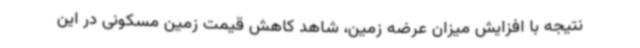
نتیجه با افزایش میزان عرضه زمین، شاهد کاهش قیمت زمین مسکونی در این